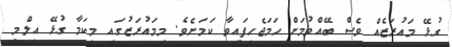
ގުޅޭ މައުރަޒެއް ވެސް ބޭއްވުމަށް ހަމަޖެހިފައިވާ ކަމަށެވެ. މިމައުރަޒުގައި މިކަމާ ގުޅޭ އިލްމީ